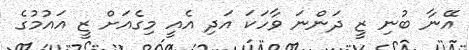
އޭނާ ބުނި ޒީ ދަންނަ ވާހަކަ އަދި އެއީ މިގެއަށް ޒީ އައުމުގެ